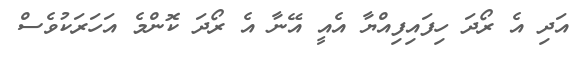
އަދި އެ ރޯދަ ހިފައިފިއްޔާ އެއީ އޭނާ އެ ރޯދަ ކޮންމެ އަހަރަކުވެސް